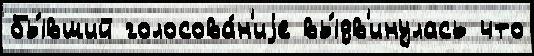
бы́вший голосова́н'иjе вы́дв'инулась что